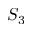
S _ { 3 }